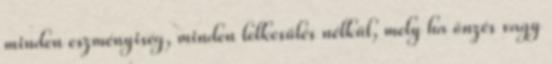
minden eszményiség, minden lelkesülés nélkül, mely ha önzés vagy